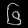
Digit: ၆